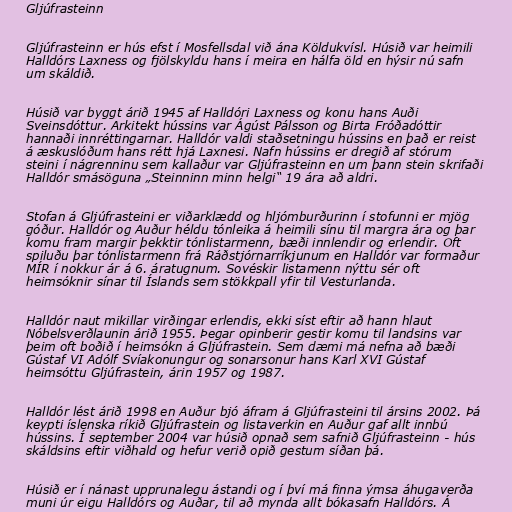
Gljúfrasteinn

Gljúfrasteinn er hús efst í Mosfellsdal við ána Köldukvísl. Húsið var heimili
Halldórs Laxness og fjölskyldu hans í meira en hálfa öld en hýsir nú safn
um skáldið.

Húsið var byggt árið 1945 af Halldóri Laxness og konu hans Auði
Sveinsdóttur. Arkitekt hússins var Ágúst Pálsson og Birta Fróðadóttir
hannaði innréttingarnar. Halldór valdi staðsetningu hússins en það er reist
á æskuslóðum hans rétt hjá Laxnesi. Nafn hússins er dregið af stórum
steini í nágrenninu sem kallaður var Gljúfrasteinn en um þann stein skrifaði
Halldór smásöguna „Steinninn minn helgi“ 19 ára að aldri.

Stofan á Gljúfrasteini er viðarklædd og hljómburðurinn í stofunni er mjög
góður. Halldór og Auður héldu tónleika á heimili sínu til margra ára og þar
komu fram margir þekktir tónlistarmenn, bæði innlendir og erlendir. Oft
spiluðu þar tónlistarmenn frá Ráðstjórnarríkjunum en Halldór var formaður
MÍR í nokkur ár á 6. áratugnum. Sovéskir listamenn nýttu sér oft
heimsóknir sínar til Íslands sem stökkpall yfir til Vesturlanda.

Halldór naut mikillar virðingar erlendis, ekki síst eftir að hann hlaut
Nóbelsverðlaunin árið 1955. Þegar opinberir gestir komu til landsins var
þeim oft boðið í heimsókn á Gljúfrastein. Sem dæmi má nefna að bæði
Gústaf VI Adólf Svíakonungur og sonarsonur hans Karl XVI Gústaf
heimsóttu Gljúfrastein, árin 1957 og 1987.

Halldór lést árið 1998 en Auður bjó áfram á Gljúfrasteini til ársins 2002. Þá
keypti íslenska ríkið Gljúfrastein og listaverkin en Auður gaf allt innbú
hússins. Í september 2004 var húsið opnað sem safnið Gljúfrasteinn - hús
skáldsins eftir viðhald og hefur verið opið gestum síðan þá.

Húsið er í nánast upprunalegu ástandi og í því má finna ýmsa áhugaverða
muni úr eigu Halldórs og Auðar, til að mynda allt bókasafn Halldórs. Á